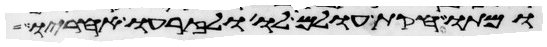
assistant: ומתו חקות עולם לו ולזרעו אחריו